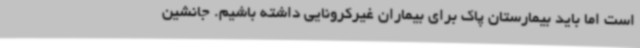
است اما باید بیمارستان پاک برای بیماران غیرکرونایی داشته باشیم. جانشین